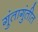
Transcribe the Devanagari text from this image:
गुंतागुंतीत